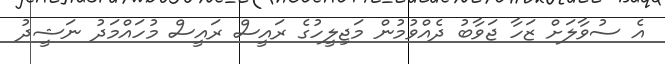
އެ ސުވާލަށް ޒަހާ ޖަވާބު ދެއްވުމުން މަޖިލީހުގެ ރައީސް ރައީސް މުހައްމަދު ނަޝީދު